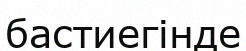
бастиегінде